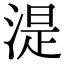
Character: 湜